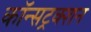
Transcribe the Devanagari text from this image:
कॉन्सट्रक्शन